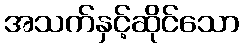
အသက်နှင့်ဆိုင်သော